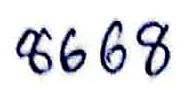
8668